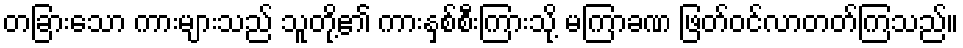
တခြားသော ကားများသည် သူတို့၏ ကားနှစ်စီးကြားသို့ မကြာခဏ ဖြတ်ဝင်လာတတ်ကြသည်။